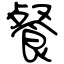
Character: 餐